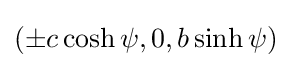
(\pm c\cosh \psi ,0,b\sinh \psi )\